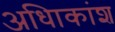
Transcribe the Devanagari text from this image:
अधिाकांश